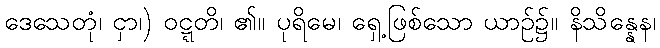
ဒေသေတုံ၊ ငှာ၊) ဝဋ္ဋတိ၊ ၏။ ပုရိမေ၊ ရှေ့ဖြစ်သော ယာဉ်၌။ နိသိန္နေန၊